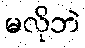
မလိုဘဲ